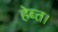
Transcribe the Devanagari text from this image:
हेब्त।